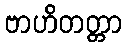
ဗာဟိတတ္တာ